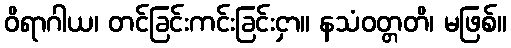
ဝိရာဂါယ၊ တင်ခြင်းကင်းခြင်းငှာ။ နသံဝတ္တတိ၊ မဖြစ်။